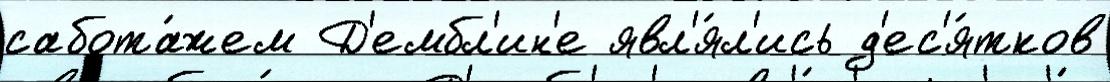
сабота́жем Д'ембл'ин'е явл'я́л'ись д'ес'я́тков